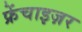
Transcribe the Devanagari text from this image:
फ्रेंचाइज़र